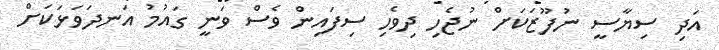
އަދި ސިޔާސީ ނުފޫޒަކަށް ނުޖެހި ދިވެހި ސިފައިން ވެސް ވަނީ ގައުމު އަނދަވަޅަކަށް